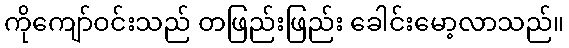
ကိုကျော်ဝင်းသည် တဖြည်းဖြည်း ခေါင်းမော့လာသည်။